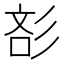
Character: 𰐪